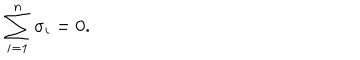
\sum _ { i = 1 } ^ { n } \sigma _ { i } = 0 .